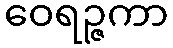
ဝေရဉ္ဇကာ